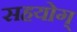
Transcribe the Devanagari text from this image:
सहयोग्